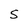
Character: S